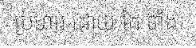
ប្រហារ ដោយ ដៃ ទាំង